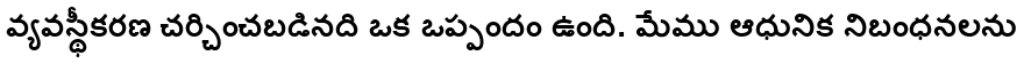
వ్యవస్థీకరణ చర్చించబడినది ఒక ఒప్పందం ఉంది. మేము ఆధునిక నిబంధనలను